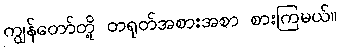
ကျွန်တော်တို့ တရုတ်အစားအစာ စားကြမယ်။